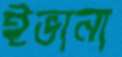
ইভানা